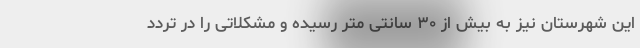
این شهرستان نیز به بیش از ۳۰ سانتی متر رسیده و مشکلاتی را در تردد